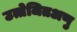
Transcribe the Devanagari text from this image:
उत्तेजितअणु